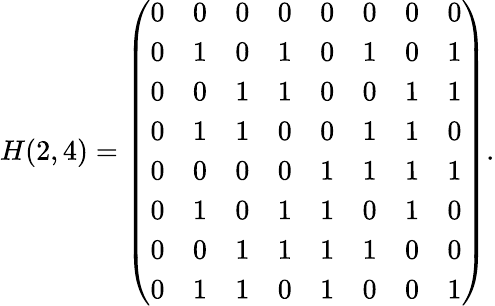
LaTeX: H(2,4)=\left(\begin{array}{cccccccc}{0}&{0}&{0}&{0}&{0}&{0}&{0}&{0}\\ {0}&{1}&{0}&{1}&{0}&{1}&{0}&{1}\\ {0}&{0}&{1}&{1}&{0}&{0}&{1}&{1}\\ {0}&{1}&{1}&{0}&{0}&{1}&{1}&{0}\\ {0}&{0}&{0}&{0}&{1}&{1}&{1}&{1}\\ {0}&{1}&{0}&{1}&{1}&{0}&{1}&{0}\\ {0}&{0}&{1}&{1}&{1}&{1}&{0}&{0}\\ {0}&{1}&{1}&{0}&{1}&{0}&{0}&{1}\end{array}\right).